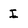
Character: I